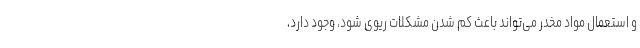
و استعمال مواد مخدر می‌تواند باعث کم شدن مشکلات ریوی شود، وجود دارد،